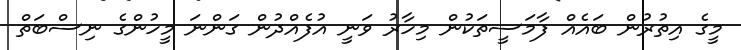
މީގެ އިތުރުން ބައެއް ފާމަސީތަކުން މިހާރު ވަނީ އުފެއްދުން ގަންނަ މީހުންގެ ނިސްބަތް